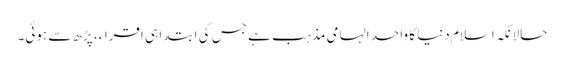
حالانکہ اسلام دنیا کا واحد الہامی مذہب ہے جس کی ابتدا ہی اقراء، پڑھ سے ہوئی۔